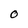
Character: O